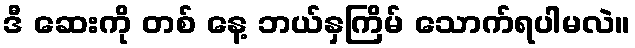
ဒီ ဆေးကို တစ် နေ့ ဘယ်နှကြိမ် သောက်ရပါမလဲ။